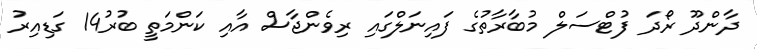
ދާންދޫ ރޯދަ ފުޓްސަލް މުބާރާތުގެ ފައިނަލްގައި ރިވެންޖާސް އާއި ކަންމަތީ ބުރު14 ގަޑިއިރު